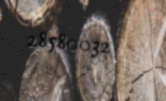
28580032